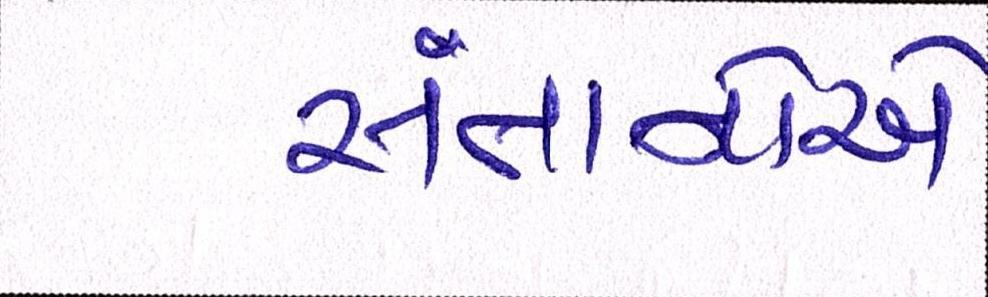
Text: સંતાનોએ